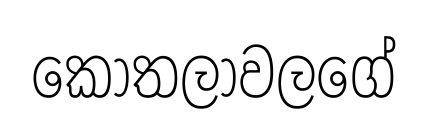
කොතලාවලගේ